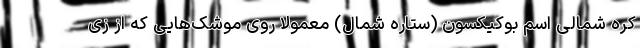
کره شمالی اسم بوکیکسون (ستاره شمال) معمولا روی موشک‌هایی که از زی